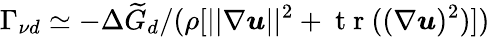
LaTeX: \Gamma_{\nu d}\simeq-\Delta\widetilde{G}_{d}/(\rho[||\nabla\boldsymbol{u}||^{2}+\mathrm{~t~r~}((\nabla\boldsymbol{u})^{2})])